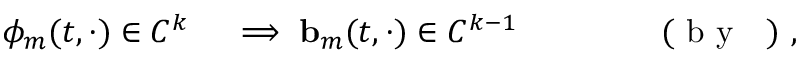
\begin{array} { r l r l } { \phi _ { m } ( t , \cdot ) \in C ^ { k } } & { { } \implies \ensuremath { \mathbf { b } } _ { m } ( t , \cdot ) \in C ^ { k - 1 } } & { } & { { } \qquad \mathrm { ~ ( ~ b ~ y ~ ~ ~ ) ~ , ~ } } \end{array}